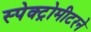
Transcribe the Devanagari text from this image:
स्पेक्ट्रोमीटरने